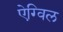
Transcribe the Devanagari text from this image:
ऐग्विल